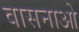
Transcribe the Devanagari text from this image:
वासनाओ